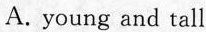
A. young and tall